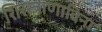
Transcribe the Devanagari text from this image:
शिरस्त्राणाविना